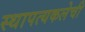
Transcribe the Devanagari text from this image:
स्थापत्यकलेची